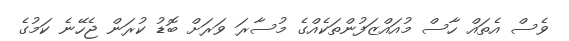
ވެސް އެތައް ހާސް މުއައްޒަފުންތަކެއްގެ މުސާރަ ވަރަށް ބޮޑު ކުރަން ޖެހޭނެ ކަމުގެ